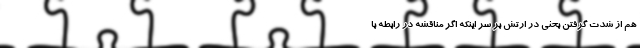
هم از شدت‌ گرفتن بحثی در ارتش بر سر اینکه اگر مناقشه در رابطه با